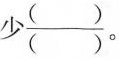
少\frac{( )}{( )}。